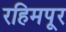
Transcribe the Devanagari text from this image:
रहिमपूर